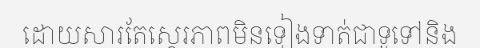
ដោយសារតែស្ថេរភាពមិនទៀងទាត់ជាទូទៅនិង